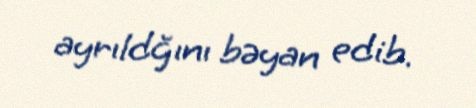
ayrıldğını bəyan edib.